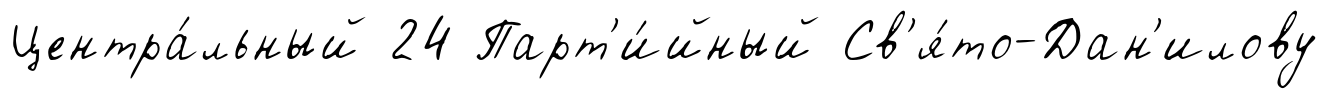
Центра́льный 24 Парт'и́йный Св'я́то-Дан'илову